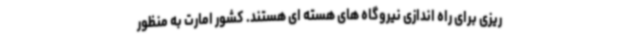
ریزی برای راه اندازی نیروگاه های هسته ای هستند. کشور امارت به منظور